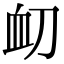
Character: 𮕝